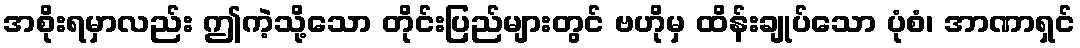
အစိုးရမှာလည်း ဤကဲ့သို့သော တိုင်းပြည်များတွင် ဗဟိုမှ ထိန်းချုပ်သော ပုံစံ၊ အာဏာရှင်